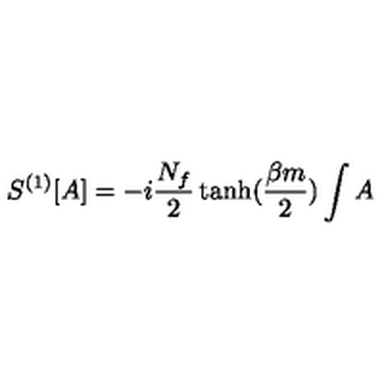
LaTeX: S ^ { ( 1 ) } [ A ] = - i \frac { N _ { f } } { 2 } \tanh ( \frac { \beta m } { 2 } ) \int A